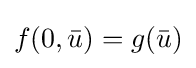
f(0,{\bar {u}})=g({\bar {u}})